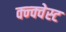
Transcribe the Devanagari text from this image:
क्न्क्वेस्ट